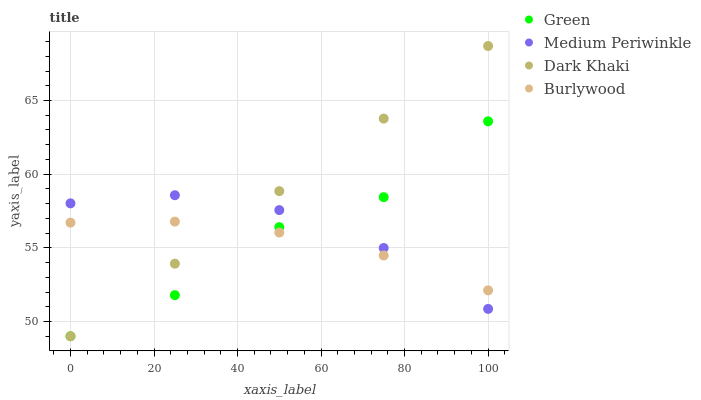
| xaxis_label | Green | Medium Periwinkle | Dark Khaki | Burlywood |
 | --- | --- | --- | --- | --- |
 | 0 | 49 | 58 | 49 | 56.7 |
 | 25 | 51.8 | 58.6 | 53.9 | 56.8 |
 | 50 | 56.4 | 57.6 | 58.8 | 56 |
 | 75 | 58.4 | 55 | 63.8 | 54.5 |
 | 100 | 63.6 | 50.9 | 68.7 | 52.1 |